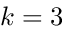
k = 3